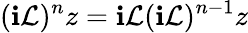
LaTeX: (\mathbf{i}\mathcal{{L}})^{n}z=\mathbf{i}\mathcal{{L}}(\mathbf{i}\mathcal{{L}})^{n-1}z